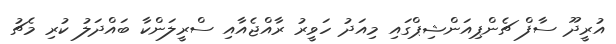
އުރީދޫ ސާފް ޗެންޕިއަންޝިޕްގައި މިއަދު ހަވީރު ރާއްޖެއާއި ސްރީލަންކާ ބައްދަލު ކުރި މެޗު